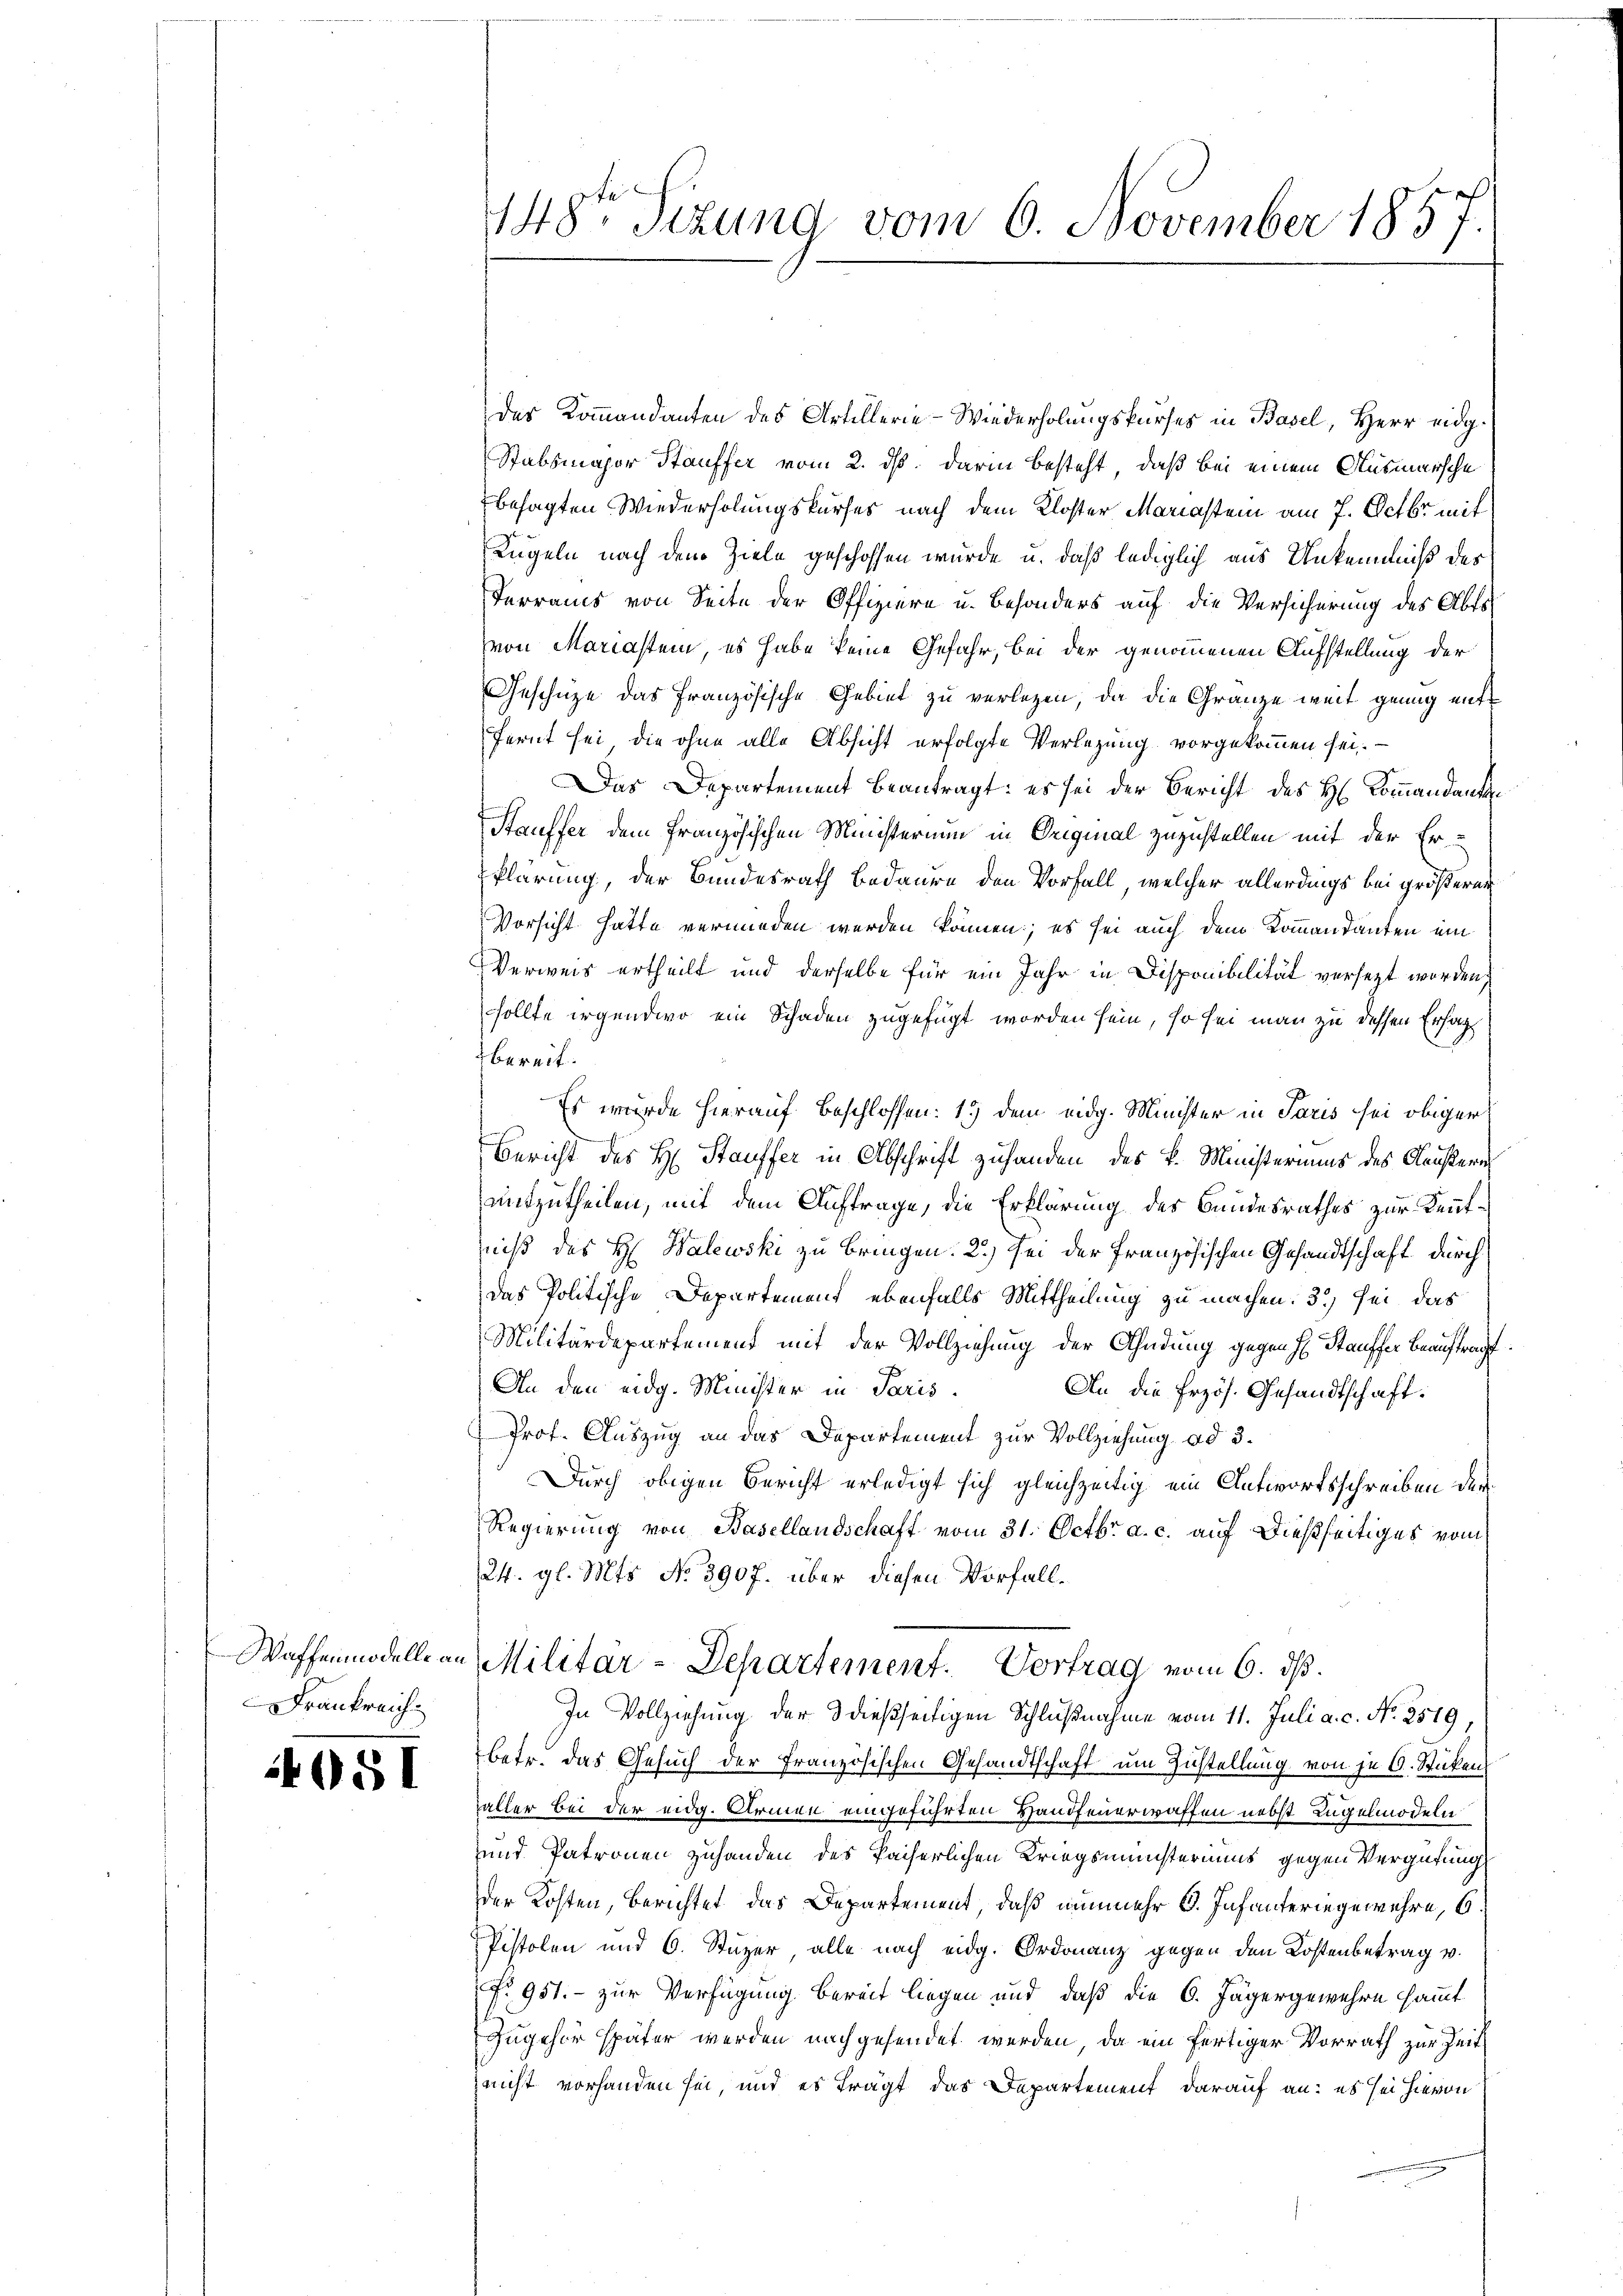
Frankreich.

4081

148te Sizung vom 6. November 1857.

des Kommandanten des Artillerie-Wiederholungskurses in Basel, Herr eidg.
Stabsmajor Stauffer vom 2. ds. darin besteht, daß bei einem Ausmarsche
besagten Wiederholungskurses nach dem Kloster Mariastem am 7. Octbr mit
Kugeln nach dem Ziele geschossen wurde u. daß lediglich aus Unkenntniß des
Terraus von Seite der Offiziere u. besonders auf die Versicherung des Abtsvon Mariastem, es habe keine Gefahr, bei der genommenen Aufstellung der
Geschüze das französische Gebiet zu verlegen, da die Gränze weit genug entfernt sei, die ohne alle Absicht erfolgte Verlegung vorgekommen sei.
Das Departement beantragt: es sei der Bericht des H. Commandanten
Stauffer dem französischen Ministerium in Original zuzustellen mit der Er-
klärung, der Bundesrath Bedaure den Vorfall, welcher allerdings bei größerer
Vorsicht hatte verminden werden können; es sei auch dem Kommandanten ein
Verweis ertheilt und derselbe für ein Jahr in Disponibilität versetzt worden,
sollte irgendwo ein Schaden zugefügt worden sein, so sei man zu dessen Ersat
bereit.
Es wurde hierauf Beschlossen: 1) dem eidg. Minister in Paris sei obiger
Bericht des H. Stauffer in Abschrift zuhanden des k. Ministeriums des Neustern
mitzutheilen, mit dem Auftrage, die Erklärung des Bundesrathes zur Kenntniß des H. Balewski zu bringen. 2) sei der Französischen Gesandtschaft durch
das Politische Departement ebenfalls Mittheilung zu machen. 3) sei, das
Militärdepartement mit der Vollziehung der Ahndung gegen H. Stauffer Beauftragt
An den eidg. Minister in Paris.
An die Przös. Gesandtschaft.
Prof. Auszug an das Departement zur Vollziehung ad 3.
Durch obigen Bericht erledigt sich gleichzeitig ein Antwortsschreiben der
Regierung von Basellandschaft vom 31. Octbr. a. c. auf dießseitiges vom
24. gl. Mts. No 3907. über diesen Vorfall¬
Waffenmodelle an Militär-Departement. Vortrag vom 6. ds.
In Vollziehung der 3 dießseitigen Schlußnahme vom 11. Juli a. c. No. 2579,
betr. das Gesuch der Französischen Gesandtschaft um Zustellung von je 6. Stücken,
aller bei der eidg. Armen eingeführten Handfeuerwaffen nebst Lügelmödeln
und Patronen zuhanden des Paiserlichen Kriegsministeriums gegen Vergütung
der Kosten, berichtet, das Departement, daß nunmehr G. Infanteringewehre, 6.
Pistolen und 6. Stuzer alle nach eidg. Ordonanz gegen den Kostenbetrag v.
No 951.- zur Verfügung bereit liegen und daß die 6. Jägergewehre sammt
Zugehör später werden nachgesendet werden, da ein fertiger Vorrath zur Zeit
nicht vorhanden sei, und es trägt das Departement darauf an: es sei hievon